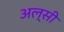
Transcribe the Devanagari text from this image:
अल्सी